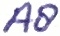
Text: A8